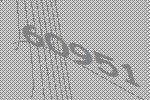
60951